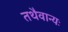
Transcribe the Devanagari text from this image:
तथैवान्यः